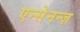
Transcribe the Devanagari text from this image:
एन्सेनन्ज़